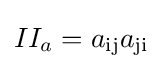
II_{a}=a_{\rm {ij}}a_{\rm {ji}}